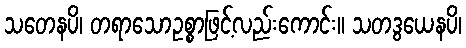
သတေနပိ၊ တရာသောဥစ္စာဖြင့်လည်းကောင်း။ သတဒွယေနပိ၊